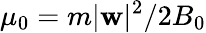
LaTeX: \mu_{0}=m|{\mathbf w}|^{2}/2B_{0}